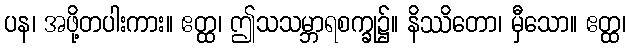
ပန၊ အဖို့တပါးကား။ ဧတ္ထ၊ ဤသသမ္ဘာရစက္ခု၌။ နိဿိတော၊ မှီသော။ ဧတ္ထ၊